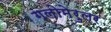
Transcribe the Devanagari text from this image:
गलोमेरुलर